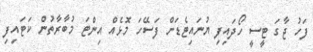
ފަހު ޖާގަ ޓީސީ ހޯދައިފި ޔުނައިޓެޑަށް ފަސޭހަ މޮޅެއް އިންޓަ މުބާރާތުން ކަޓައިފި